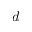
d